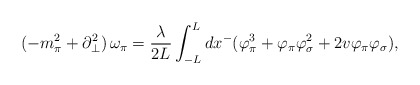
\begin{align*}(-m_{\pi}^2+\partial_{\bot}^2)\, \omega_{\pi}=\frac{\lambda}{2L}\int_{-L}^{L}dx^-(\varphi_{\pi}^3+\varphi_{\pi}\varphi_{\sigma}^2+2v\varphi_{\pi}\varphi_{\sigma}),\end{align*}